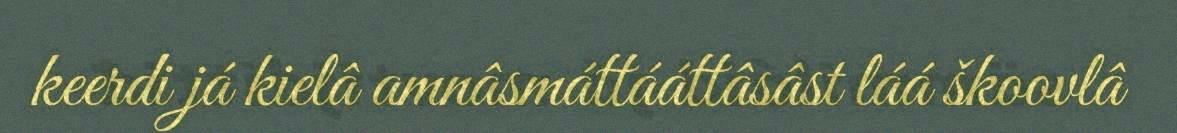
keerdi já kielâ amnâsmáttááttâsâst láá škoovlâ